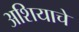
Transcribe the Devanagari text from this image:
अशियाचे